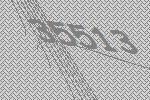
35513